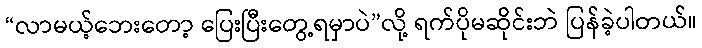
“လာမယ့်ဘေးတော့ ပြေးပြီးတွေ့ရမှာပဲ”လို့ ရက်ပိုမဆိုင်းဘဲ ပြန်ခဲ့ပါတယ်။